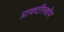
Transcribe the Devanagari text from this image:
प्राक्टॉस्कोप